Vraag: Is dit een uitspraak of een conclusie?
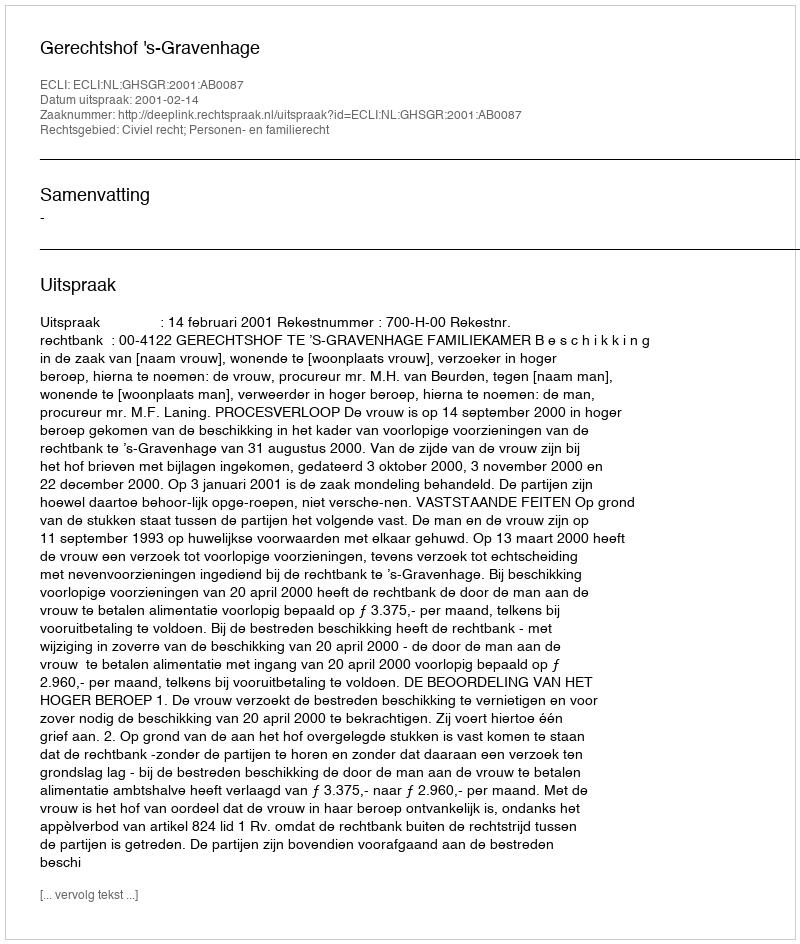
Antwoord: Uitspraak